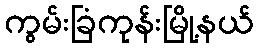
ကွမ်းခြံကုန်းမြို့နယ်